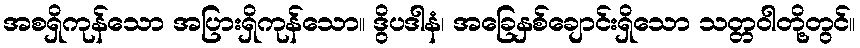
အစရှိကုန်သော အပြားရှိကုန်သော။ ဒွိပဒါနံ၊ အခြေနှစ်ချောင်းရှိသော သတ္တဝါတို့တွင်။